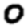
Digit: 0